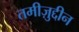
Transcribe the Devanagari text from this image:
तमीज़ुद्दीन